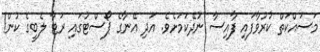
މަސައްކަތް ކުރުވާފައި ފާއިސާ ނުދޭކަމަށެވެ. އަދި އޭނާގެ ޕޯސްޓުގައި ރަޓާ ލެބީގެ ކުން!